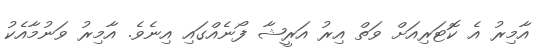
އާމިިރު އެ ކޮޓަރިއަށް ވަތް އިރު އަރީޝާ ފޯނެއްގައި އިނެވެ. އާމިރު ވަނުމާއެކު